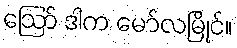
ဪ ဒါက မော်လမြိုင်။